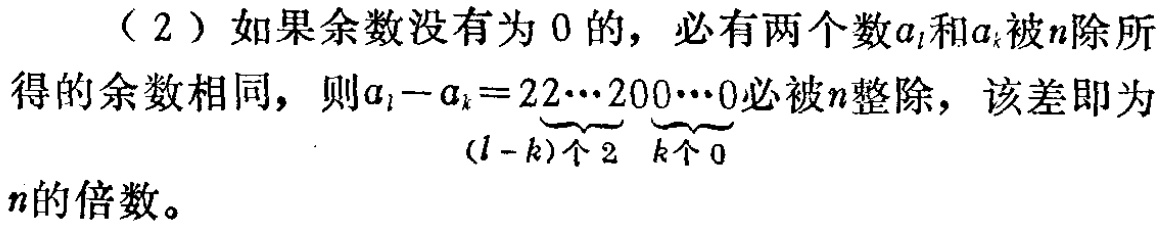
（2）如果余数没有为 0 的，必有两个数\(a_{l}\)和\(a_{k}\)被\(n\)除所得的余数相同，则\(a_{l}-a_{k}=\underbrace{22\cdots2}_{(l - k)\text{个}2}\underbrace{00\cdots0}_{k\text{个}0}\)必被\(n\)整除，该差即为\(n\)的倍数。